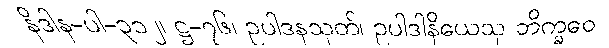
နိဒါန-ပါ-၃၁၂၊ ဋ္ဌ-၇၆၊ ဥပါဒနသုတ်၊ ဥပါဒါနိယေသု ဘိက္ခဝေ